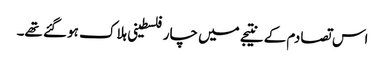
اس تصادم کے نتیجے میں چار فلسطینی ہلاک ہو گئے تھے۔